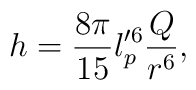
h =  \frac{8 \pi}{15} l_p^{\prime 6} \frac{Q}{r^6} ,